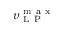
\upsilon _ { \mathrm { ~ L ~ P ~ } } ^ { \mathrm { ~ m ~ a ~ x ~ } }